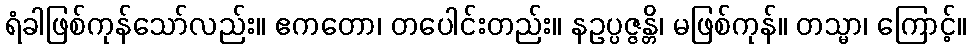
ရံခါဖြစ်ကုန်သော်လည်း။ ဧကတော၊ တပေါင်းတည်း။ နဥပ္ပဇ္ဇန္တိ၊ မဖြစ်ကုန်။ တသ္မာ၊ ကြောင့်။